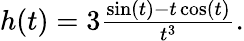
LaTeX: \begin{array}{r}{h(t)=3\frac{\sin(t)-t\cos(t)}{t^{3}}.}\end{array}